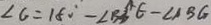
\angle G = 1 8 0 ^ { \circ } - \angle B _ { 3 } ^ { \prime } C - \angle A B G